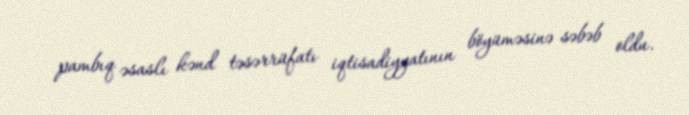
pambıq əsaslı kənd təsərrüfatı iqtisadiyyatının böyüməsinə səbəb oldu.